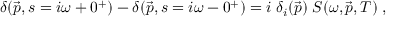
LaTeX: \delta ( \vec { p } , s = i \omega + 0 ^ { + } ) - \delta ( \vec { p } , s = i \omega - 0 ^ { + } ) = i \; \delta _ { i } ( \vec { p } ) \; S ( \omega , \vec { p } , T ) \; ,